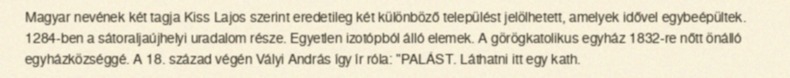
Magyar nevének két tagja Kiss Lajos szerint eredetileg két különböző települést jelölhetett, amelyek idővel egybeépültek. 1284-ben a sátoraljaújhelyi uradalom része. Egyetlen izotópból álló elemek. A görögkatolikus egyház 1832-re nőtt önálló egyházközséggé. A 18. század végén Vályi András így ír róla: "PALÁST. Láthatni itt egy kath.